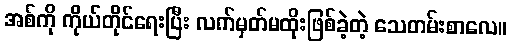
အစ်ကို ကိုယ်တိုင်ရေးပြီး လက်မှတ်မထိုးဖြစ်ခဲ့တဲ့ သေတမ်းစာလေ။